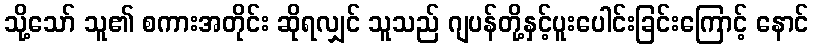
သို့သော် သူ၏ စကားအတိုင်း ဆိုရလျှင် သူသည် ဂျပန်တို့နှင့်ပူးပေါင်းခြင်းကြောင့် နောင်